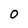
Character: 0